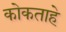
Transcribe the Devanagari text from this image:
कोकताहे